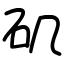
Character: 矶